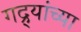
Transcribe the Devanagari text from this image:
गद्र्‍यांच्या